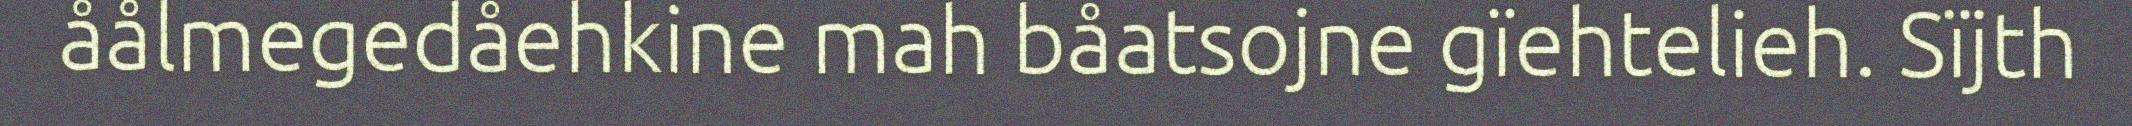
åålmegedåehkine mah båatsojne gïehtelieh. Sïjth